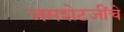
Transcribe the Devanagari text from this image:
जमशेटजींचे